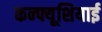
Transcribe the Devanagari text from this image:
कन्फ्यूशियाई